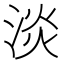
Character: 淡